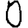
Digit: 0